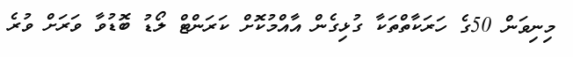
މިނިވަން 50ގެ ހަރަކާތްތަކާ ގުޅިގެން އާއްމުކޮށް ކަރަަންޓް ލޯޑު ބޮޑުވާ ވަރަށް ވުރެ